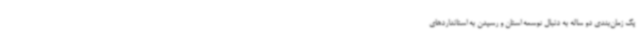
یک زمان‌بندی دو ساله به دنبال توسعه استان و رسیدن به استانداردهای